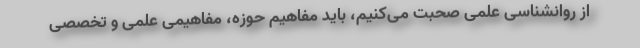
از روانشناسی علمی صحبت می‌کنیم، باید مفاهیم حوزه، مفاهیمی علمی و تخصصی